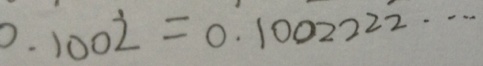
0 . 1 0 0 \dot { 2 } = 0 . 1 0 0 2 2 2 2 \cdots